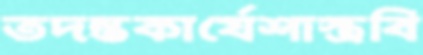
তদন্তকার্যেশাস্ত্রবি